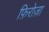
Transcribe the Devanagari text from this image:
फ़िरोज़ा